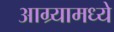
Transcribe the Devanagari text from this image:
आग्र्यामध्ये